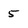
Character: 5